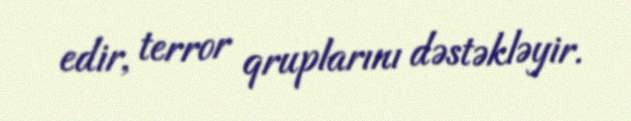
edir, terror qruplarını dəstəkləyir.